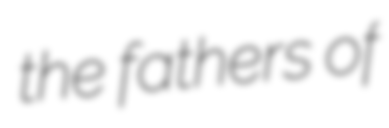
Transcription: the fathers of